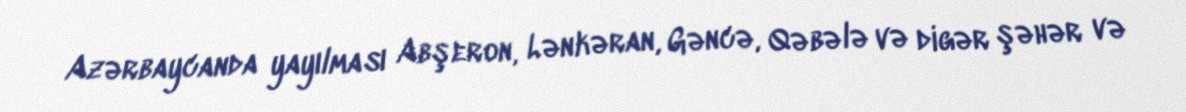
Azərbaycanda yayılması Abşeron, Lənkəran, Gəncə, Qəbələ və digər şəhər və